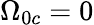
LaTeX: \Omega_{0c}=0